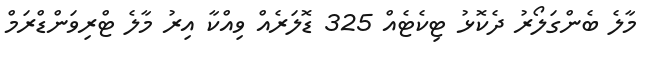
މާލެ ބެންގަލޯރު ދެކޮޅު ޓިކެޓެއް 325 ޑޮލަރެއް ވިއްކާ އިރު މާލެ ޓްރިވަންޑްރަމް